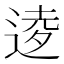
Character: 𫐫